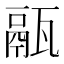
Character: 䰛